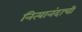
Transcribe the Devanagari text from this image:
नित्यानंदाची